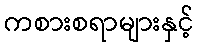
ကစားစရာများနှင့်